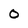
Character: 0